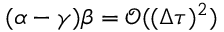
( \alpha - \gamma ) \beta = \mathscr { O } ( ( \Delta \tau ) ^ { 2 } )